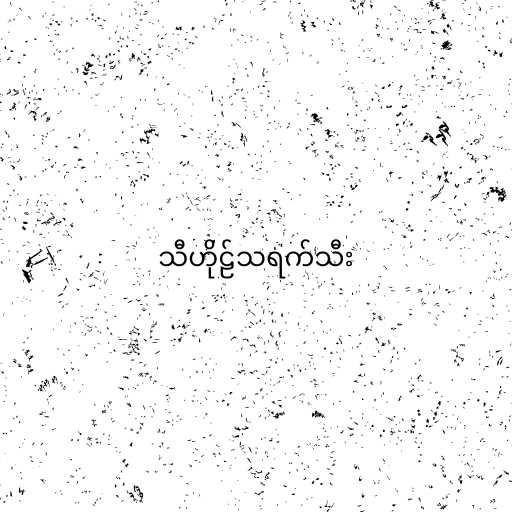
သီဟိုဠ်သရက်သီး